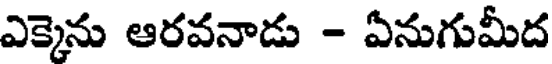
ఎక్కెను ఆరవనాడు - ఏనుగుమీద